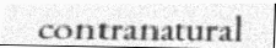
contranatural